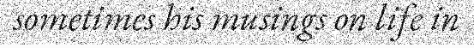
sometimes his musings on life in